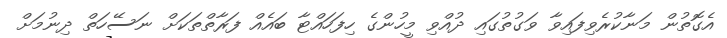
އެގޮތުން މަނާކުރެވިފައިވާ ވަގުތުގައި ދުއްވި މީހުންގެ ހިފަހައްޓާ ބައެއް ފަރާތްތަކަށް ނަސޭހަތް ދިނުމަށް